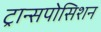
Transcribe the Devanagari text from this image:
ट्रान्सपोसिशन